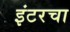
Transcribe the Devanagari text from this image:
इंटरचा